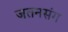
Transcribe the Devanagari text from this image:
जतनसंग